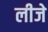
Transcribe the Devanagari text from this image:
लीजे